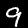
Digit: 9